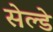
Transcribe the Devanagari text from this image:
सेल्डे